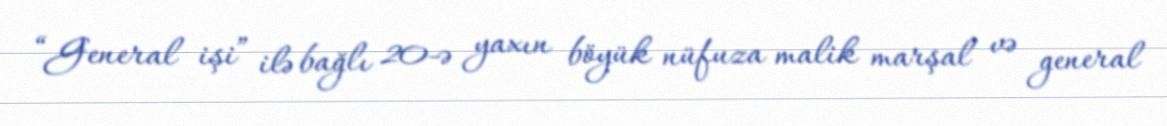
“General işi” ilə bağlı 20-ə yaxın böyük nüfuza malik marşal və general